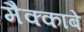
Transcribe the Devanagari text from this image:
मैक्काबे